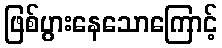
ဖြစ်ပွားနေသောကြောင့်